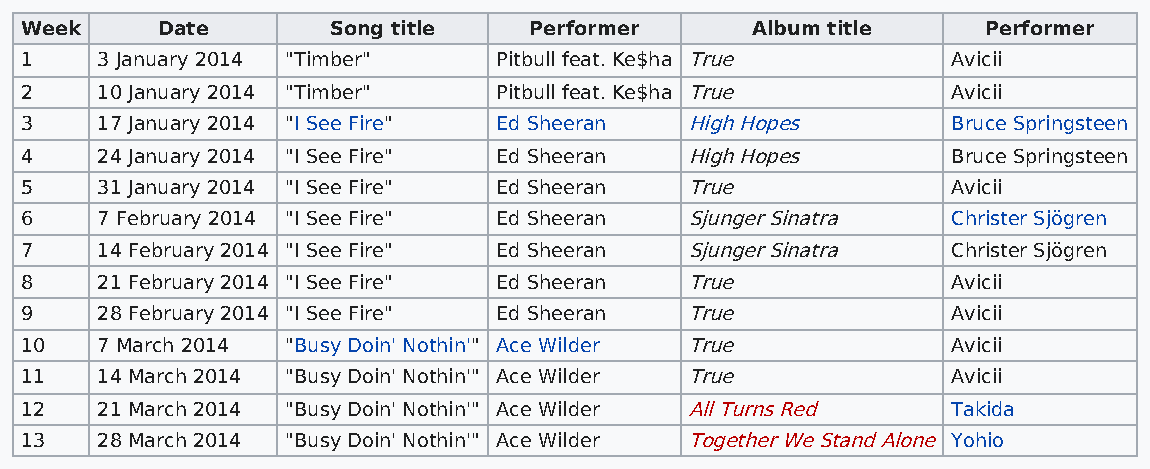
Week     Date        Song title   Performer      Album title    Performer
 1    3 January 2014 "Timber"    Pitbull feat. Ke$ha True      Avicii
 2    10 January 2014 "Timber"   Pitbull feat. Ke$ha True      Avicii
 3    17 January 2014 "I See Fire" Ed Sheeran High Hopes       Bruce Springsteen
 4    24 January 2014 "I See Fire" Ed Sheeran High Hopes       Bruce Springsteen
 5    31 January 2014 "I See Fire" Ed Sheeran True             Avicii
 6    7 February 2014 "I See Fire" Ed Sheeran Sjunger Sinatra  Christer Sjögren
 7    14 February 2014 "I See Fire" Ed Sheeran Sjunger Sinatra Christer Sjögren
 8    21 February 2014 "I See Fire" Ed Sheeran True            Avicii
 9    28 February 2014 "I See Fire" Ed Sheeran True            Avicii
 10   7 March 2014 "Busy Doin' Nothin'" Ace Wilder True        Avicii
 11   14 March 2014 "Busy Doin' Nothin'" Ace Wilder True       Avicii
 12   21 March 2014 "Busy Doin' Nothin'" Ace Wilder All Turns Red Takida
 13   28 March 2014 "Busy Doin' Nothin'" Ace Wilder Together We Stand Alone Yohio